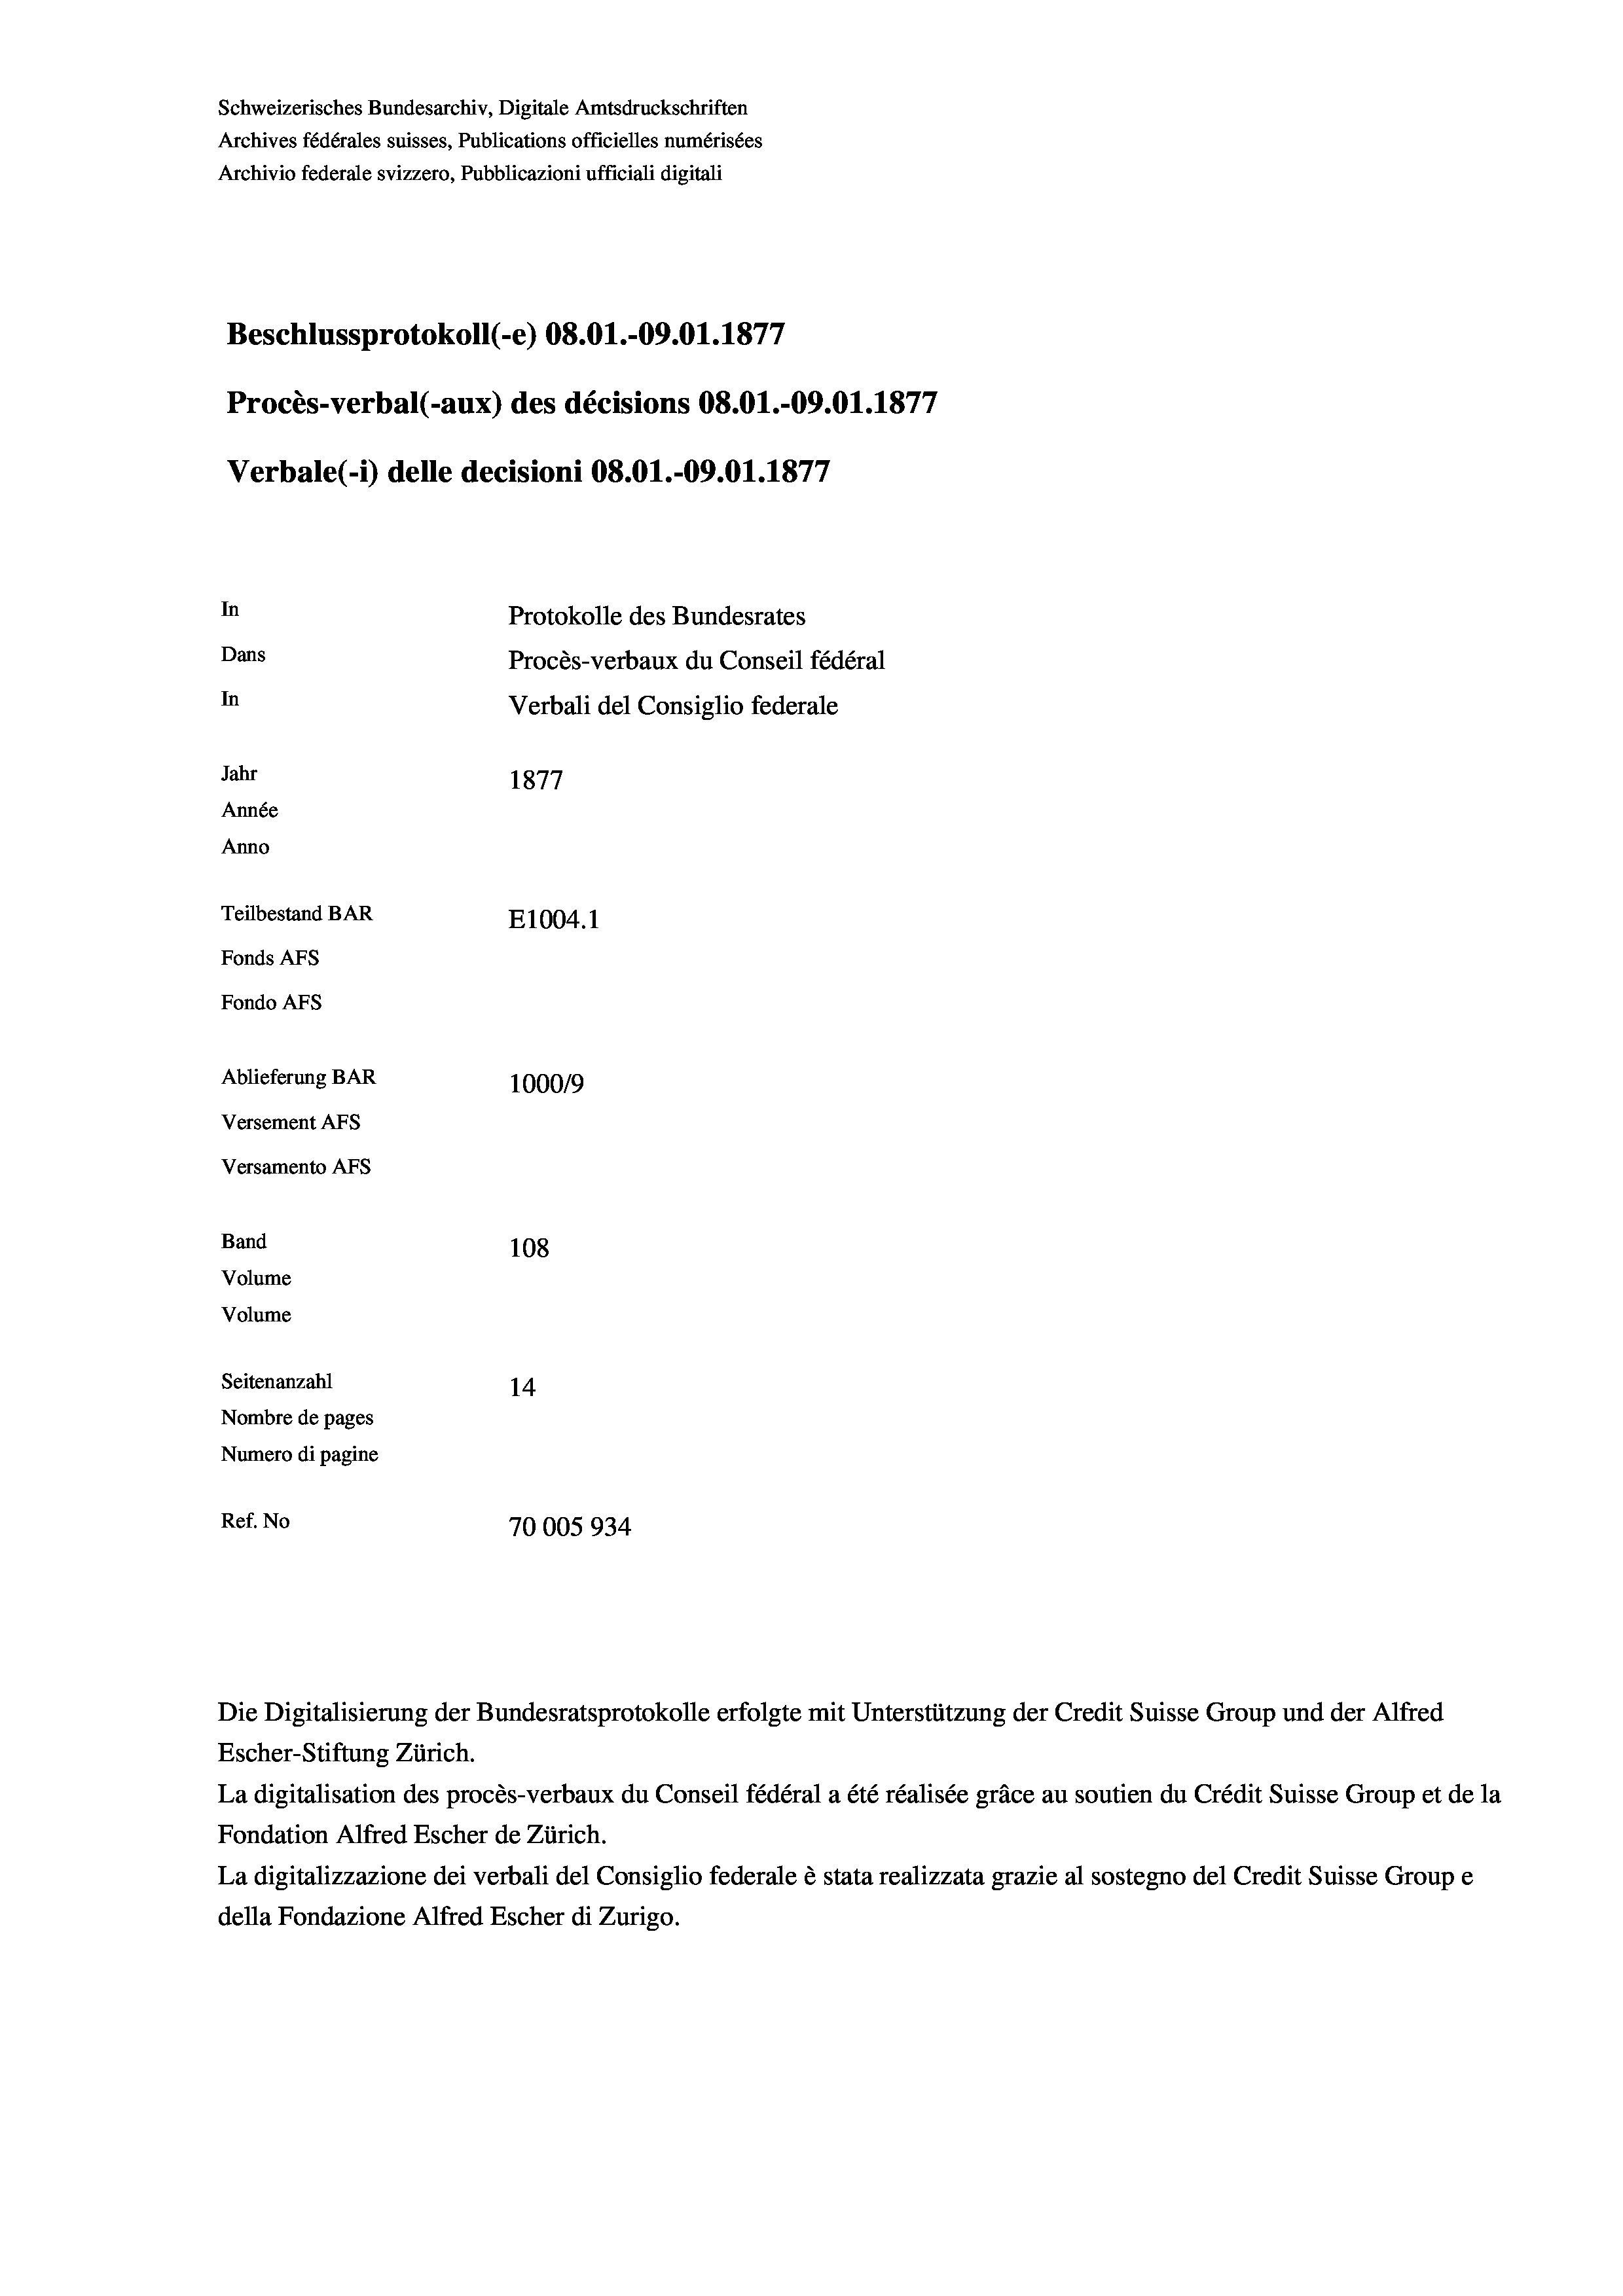
Schweizerisches Bundesarchiv, Digitale Amtsdruckschriften
Archives fédérales suisses, Publications officielles numérisées
Archivio federale svizzero, Pubblicazioni ufficiali digitali
Beschlussprotokoll (-e) 08.01.-09.01. 1877
Procès-verbal (-aux) des décisions 08.01.-09.01. 1877
Verbale (i) delle decisioni 08.01.-09.01. 1877
In
Protokolle des Bundesrates
Dans
Procès-verbaux du Conseil fédéral
In
Verbali del Consiglio federale
Jahr
1877
Année
Anno
Teilbestand BAR
E1004.1
Fonds AFs
Fondo Afs
Ablieferung BAR
100019
Versement AFs
Versamento Afs
Band
108
Volume
Volume
Seitenanzahl
14
Nombre de pages
Numero di pagine
Ref. No
70005934

Escher-Stiftung Zürich.
La digitalisation des procès-verbaux du Conseil fédéral a été réalisée gräce au soutien du Crédit Suisse Group et de la
Fondation Alfred Escher de Zürich.
La digitalizzazione dei verbali del Consiglio federale è stata realizzata grazie al sostegno del Credit Suisse Groupe
della Fondazione Alfred Escher di Zurigo.

Die Digitalisierung der Bundesratsprotokolle erfolgte mit Unterstützung der Credit Suisse Group und der Alfred